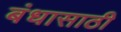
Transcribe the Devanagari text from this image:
बंधासाठी